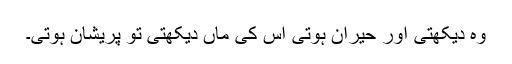
وہ دیکھتی اور حیران ہوتی اس کی ماں دیکھتی تو پریشان ہوتی۔